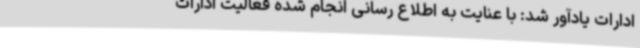
ادارات یادآور شد: با عنایت به اطلاع رسانی انجام شده فعالیت ادارات